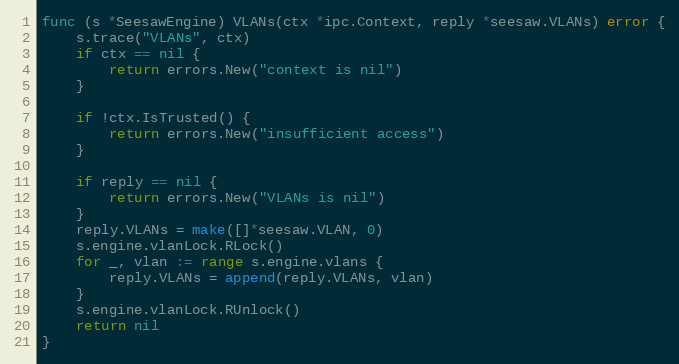
Language: Go
func (s *SeesawEngine) VLANs(ctx *ipc.Context, reply *seesaw.VLANs) error {
	s.trace("VLANs", ctx)
	if ctx == nil {
		return errors.New("context is nil")
	}

	if !ctx.IsTrusted() {
		return errors.New("insufficient access")
	}

	if reply == nil {
		return errors.New("VLANs is nil")
	}
	reply.VLANs = make([]*seesaw.VLAN, 0)
	s.engine.vlanLock.RLock()
	for _, vlan := range s.engine.vlans {
		reply.VLANs = append(reply.VLANs, vlan)
	}
	s.engine.vlanLock.RUnlock()
	return nil
}